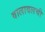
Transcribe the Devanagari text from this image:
वालावलची